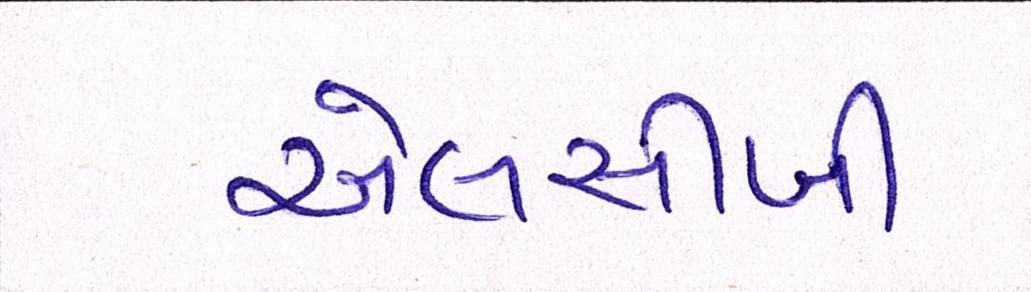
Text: એલસીબી